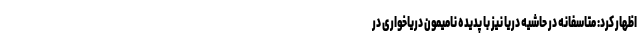
اظهار کرد: متاسفانه در حاشیه دریا نیز با پدیده نامیمون دریاخواری در